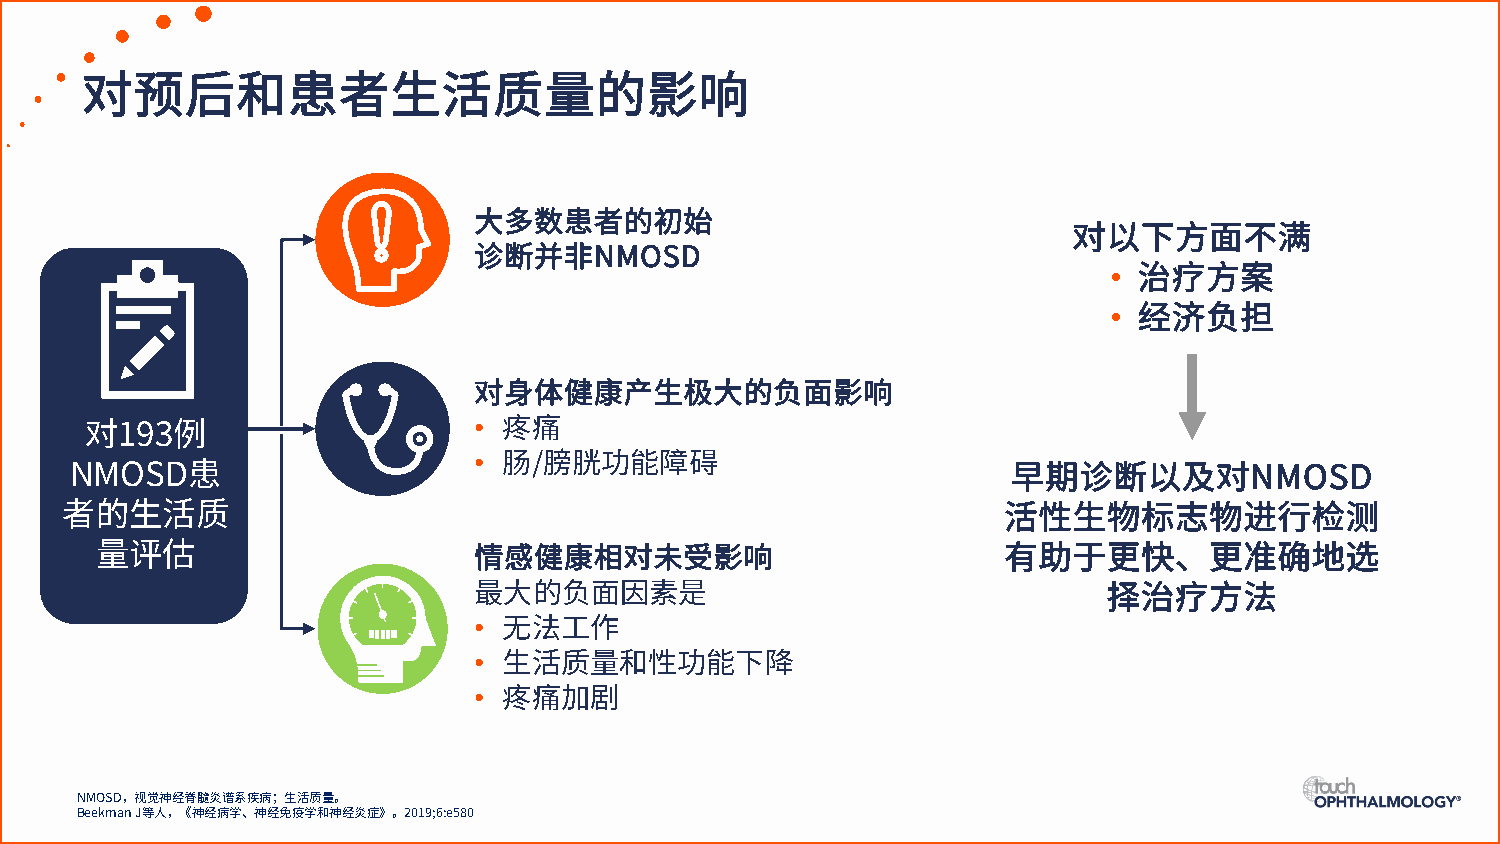
对预后和患者生活质量的影响
 大多数患者的初始
 对以下方面不满
 诊断并非NMOSD                                 •
 治疗方案
 •
 经济负担
 对身体健康产生极大的负面影响
 •
 疼痛
 对193例                    •
 肠/膀胱功能障碍
 NMOSD患                                                        早期诊断以及对NMOSD
 者的生活质                                                         活性生物标志物进行检测
 量评估                      情感健康相对未受影响                         有助于更快、更准确地选
 最大的负面因素是
 择治疗方法
 •
 无法工作
 •
 生活质量和性功能下降
 •
 疼痛加剧
 NMOSD，视觉神经脊髓炎谱系疾病；生活质量。
 Beekman J等人，《神经病学、神经免疫学和神经炎症》。2019;6:e580